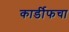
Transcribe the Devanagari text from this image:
कार्डीफचा